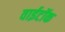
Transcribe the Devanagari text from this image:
वाईटॉक